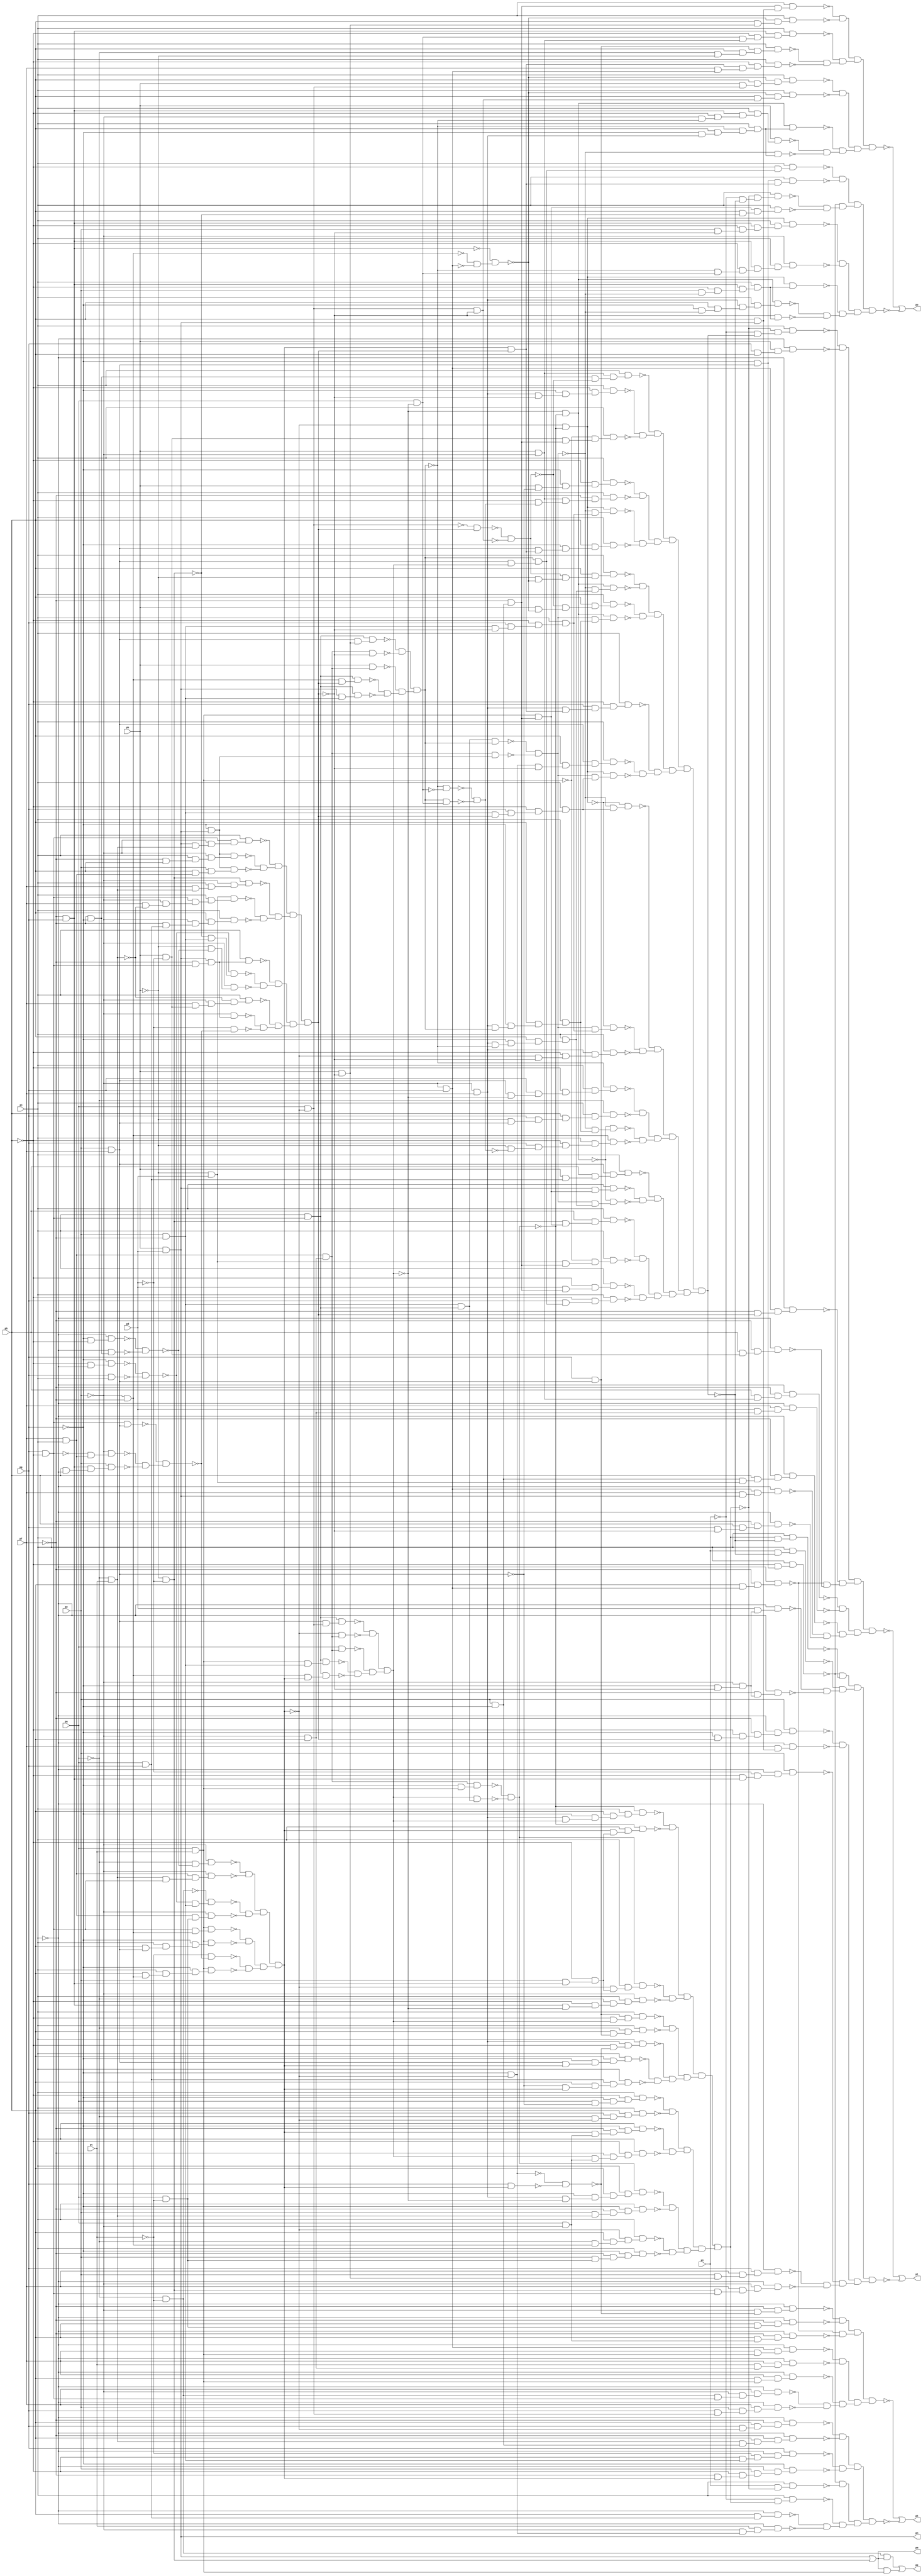
module top ( 
    pa, pb, pc, pd, pe, pf, pg, ph, pi, pj,
    pp, pk, pl, pm, pn, po  );
  input  pa, pb, pc, pd, pe, pf, pg, ph, pi, pj;
  output pp, pk, pl, pm, pn, po;
  wire new_n17_, new_n19_, new_n21_, new_n22_, new_n23_, new_n25_, new_n26_,
    new_n27_, new_n28_, new_n29_, new_n30_, new_n31_, new_n32_, new_n33_,
    new_n34_, new_n35_, new_n36_, new_n37_, new_n38_, new_n39_, new_n40_,
    new_n41_, new_n42_, new_n43_, new_n44_, new_n45_, new_n46_, new_n47_,
    new_n48_, new_n49_, new_n50_, new_n51_, new_n52_, new_n53_, new_n54_,
    new_n55_, new_n56_, new_n57_, new_n58_, new_n59_, new_n60_, new_n61_,
    new_n62_, new_n63_, new_n64_, new_n65_, new_n66_, new_n67_, new_n68_,
    new_n69_, new_n70_, new_n71_, new_n72_, new_n73_, new_n74_, new_n75_,
    new_n76_, new_n77_, new_n78_, new_n79_, new_n80_, new_n81_, new_n82_,
    new_n83_, new_n84_, new_n85_, new_n86_, new_n87_, new_n88_, new_n89_,
    new_n90_, new_n91_, new_n92_, new_n93_, new_n94_, new_n95_, new_n96_,
    new_n97_, new_n98_, new_n99_, new_n100_, new_n101_, new_n102_,
    new_n103_, new_n104_, new_n105_, new_n106_, new_n107_, new_n108_,
    new_n109_, new_n110_, new_n111_, new_n112_, new_n113_, new_n114_,
    new_n115_, new_n116_, new_n117_, new_n118_, new_n119_, new_n120_,
    new_n121_, new_n122_, new_n123_, new_n124_, new_n125_, new_n126_,
    new_n127_, new_n128_, new_n129_, new_n130_, new_n131_, new_n132_,
    new_n133_, new_n134_, new_n135_, new_n136_, new_n137_, new_n138_,
    new_n139_, new_n140_, new_n141_, new_n142_, new_n143_, new_n144_,
    new_n145_, new_n146_, new_n147_, new_n148_, new_n149_, new_n150_,
    new_n151_, new_n152_, new_n153_, new_n154_, new_n155_, new_n156_,
    new_n157_, new_n158_, new_n159_, new_n160_, new_n161_, new_n162_,
    new_n163_, new_n164_, new_n165_, new_n166_, new_n167_, new_n168_,
    new_n169_, new_n170_, new_n171_, new_n172_, new_n173_, new_n174_,
    new_n175_, new_n176_, new_n177_, new_n178_, new_n179_, new_n180_,
    new_n181_, new_n182_, new_n183_, new_n184_, new_n185_, new_n186_,
    new_n187_, new_n188_, new_n189_, new_n190_, new_n191_, new_n192_,
    new_n193_, new_n194_, new_n195_, new_n196_, new_n197_, new_n198_,
    new_n199_, new_n200_, new_n201_, new_n202_, new_n203_, new_n204_,
    new_n205_, new_n206_, new_n207_, new_n208_, new_n209_, new_n210_,
    new_n211_, new_n212_, new_n213_, new_n214_, new_n215_, new_n216_,
    new_n217_, new_n218_, new_n219_, new_n220_, new_n221_, new_n222_,
    new_n223_, new_n224_, new_n225_, new_n226_, new_n227_, new_n228_,
    new_n229_, new_n230_, new_n231_, new_n232_, new_n233_, new_n234_,
    new_n235_, new_n236_, new_n237_, new_n238_, new_n239_, new_n240_,
    new_n241_, new_n242_, new_n243_, new_n244_, new_n245_, new_n246_,
    new_n247_, new_n248_, new_n249_, new_n250_, new_n251_, new_n252_,
    new_n253_, new_n254_, new_n255_, new_n256_, new_n257_, new_n258_,
    new_n259_, new_n260_, new_n261_, new_n262_, new_n263_, new_n264_,
    new_n266_, new_n267_, new_n268_, new_n269_, new_n270_, new_n271_,
    new_n272_, new_n273_, new_n274_, new_n275_, new_n276_, new_n277_,
    new_n278_, new_n279_, new_n280_, new_n281_, new_n282_, new_n283_,
    new_n284_, new_n285_, new_n286_, new_n287_, new_n288_, new_n289_,
    new_n290_, new_n291_, new_n292_, new_n293_, new_n294_, new_n295_,
    new_n296_, new_n297_, new_n298_, new_n299_, new_n300_, new_n301_,
    new_n302_, new_n303_, new_n304_, new_n305_, new_n306_, new_n307_,
    new_n308_, new_n309_, new_n310_, new_n311_, new_n312_, new_n313_,
    new_n314_, new_n315_, new_n316_, new_n317_, new_n318_, new_n319_,
    new_n320_, new_n321_, new_n322_, new_n323_, new_n324_, new_n325_,
    new_n326_, new_n327_, new_n328_, new_n329_, new_n330_, new_n331_,
    new_n332_, new_n333_, new_n334_, new_n335_, new_n336_, new_n337_,
    new_n338_, new_n339_, new_n340_, new_n341_, new_n342_, new_n343_,
    new_n344_, new_n345_, new_n346_, new_n347_, new_n348_, new_n349_,
    new_n350_, new_n351_, new_n352_, new_n353_, new_n354_, new_n355_,
    new_n356_, new_n357_, new_n358_, new_n359_, new_n360_, new_n361_,
    new_n362_, new_n363_, new_n364_, new_n365_, new_n366_, new_n367_,
    new_n368_, new_n369_, new_n370_, new_n371_, new_n372_, new_n373_,
    new_n374_, new_n375_, new_n376_, new_n377_, new_n378_, new_n379_,
    new_n380_, new_n381_, new_n382_, new_n383_, new_n384_, new_n385_,
    new_n386_, new_n387_, new_n388_, new_n389_, new_n390_, new_n391_,
    new_n392_, new_n393_, new_n394_, new_n395_, new_n396_, new_n397_,
    new_n398_, new_n399_, new_n400_, new_n401_, new_n402_, new_n403_,
    new_n404_, new_n405_, new_n406_, new_n407_, new_n408_, new_n409_,
    new_n410_, new_n411_, new_n412_, new_n413_, new_n414_, new_n415_,
    new_n416_, new_n417_, new_n418_, new_n419_, new_n420_, new_n421_,
    new_n422_, new_n423_, new_n424_, new_n425_, new_n426_, new_n427_,
    new_n428_, new_n429_, new_n430_, new_n431_, new_n432_, new_n433_,
    new_n434_, new_n435_, new_n436_, new_n437_, new_n438_, new_n439_,
    new_n440_, new_n441_, new_n442_, new_n443_, new_n444_, new_n445_,
    new_n446_, new_n447_, new_n448_, new_n449_, new_n450_, new_n451_,
    new_n452_, new_n453_, new_n454_, new_n455_, new_n456_, new_n457_,
    new_n458_, new_n459_, new_n460_, new_n461_, new_n462_, new_n463_,
    new_n464_, new_n465_, new_n466_, new_n467_, new_n468_, new_n469_,
    new_n470_, new_n471_, new_n472_, new_n473_, new_n474_, new_n475_,
    new_n476_, new_n477_, new_n478_, new_n479_, new_n480_, new_n481_,
    new_n482_, new_n483_, new_n484_, new_n485_, new_n486_, new_n487_,
    new_n488_, new_n489_, new_n490_, new_n491_, new_n492_, new_n493_,
    new_n494_, new_n495_, new_n496_, new_n497_, new_n498_, new_n499_,
    new_n500_, new_n501_, new_n502_, new_n503_, new_n504_, new_n505_,
    new_n506_, new_n507_, new_n508_, new_n509_, new_n510_, new_n511_,
    new_n512_, new_n513_, new_n514_, new_n515_, new_n516_, new_n517_,
    new_n518_, new_n519_, new_n520_, new_n521_, new_n522_, new_n523_,
    new_n524_, new_n525_, new_n526_, new_n527_, new_n528_, new_n529_,
    new_n530_, new_n531_, new_n532_, new_n533_, new_n534_, new_n535_,
    new_n536_, new_n537_, new_n538_, new_n539_, new_n540_, new_n541_,
    new_n542_, new_n543_, new_n544_, new_n545_, new_n546_, new_n547_,
    new_n548_, new_n549_, new_n550_, new_n551_, new_n552_, new_n553_,
    new_n554_, new_n555_, new_n556_, new_n557_, new_n558_, new_n559_,
    new_n560_, new_n562_, new_n563_, new_n564_, new_n565_, new_n566_,
    new_n567_, new_n568_, new_n569_, new_n570_, new_n571_, new_n572_,
    new_n573_, new_n574_, new_n575_, new_n576_, new_n577_, new_n578_,
    new_n579_, new_n580_, new_n581_, new_n582_, new_n583_, new_n584_,
    new_n585_, new_n586_, new_n587_, new_n588_, new_n589_, new_n590_,
    new_n591_, new_n592_, new_n593_, new_n594_, new_n595_, new_n596_,
    new_n597_, new_n598_, new_n599_, new_n600_, new_n601_, new_n602_,
    new_n603_, new_n604_, new_n605_, new_n606_, new_n607_, new_n608_,
    new_n609_, new_n610_, new_n611_, new_n612_, new_n613_, new_n614_,
    new_n615_, new_n616_, new_n617_, new_n618_, new_n619_, new_n620_,
    new_n621_, new_n622_, new_n623_, new_n624_, new_n625_, new_n626_,
    new_n627_, new_n628_, new_n629_, new_n630_, new_n631_, new_n632_,
    new_n633_, new_n634_, new_n635_, new_n636_, new_n637_, new_n638_,
    new_n639_, new_n640_, new_n641_, new_n642_, new_n643_, new_n644_,
    new_n645_;
  assign new_n17_ = ~pa & ~pc;
  assign pn = pb & pd;
  assign new_n19_ = ~pb & ~pd;
  assign pm = pn | new_n19_;
  assign new_n21_ = new_n17_ & pm;
  assign new_n22_ = pa & pc;
  assign new_n23_ = pm & new_n22_;
  assign pp = new_n21_ | new_n23_;
  assign new_n25_ = pa & pg;
  assign new_n26_ = ph & new_n25_;
  assign new_n27_ = ~pj & new_n26_;
  assign new_n28_ = ~pg & ~ph;
  assign new_n29_ = ~pj & new_n28_;
  assign new_n30_ = ~pf & ~pg;
  assign new_n31_ = ~pj & new_n30_;
  assign new_n32_ = ~new_n29_ & ~new_n31_;
  assign new_n33_ = ~pa & ~new_n32_;
  assign new_n34_ = ~pe & new_n33_;
  assign new_n35_ = ~pa & pc;
  assign new_n36_ = pg & ~ph;
  assign new_n37_ = pf & pj;
  assign new_n38_ = new_n35_ & new_n36_;
  assign new_n39_ = new_n37_ & new_n38_;
  assign new_n40_ = ~pe & new_n39_;
  assign new_n41_ = ~ph & ~pj;
  assign new_n42_ = ~pg & new_n41_;
  assign new_n43_ = pg & pj;
  assign new_n44_ = ~new_n42_ & ~new_n43_;
  assign new_n45_ = pe & ~pf;
  assign new_n46_ = ~new_n44_ & new_n45_;
  assign new_n47_ = ~new_n17_ & new_n46_;
  assign new_n48_ = pa & ~pc;
  assign new_n49_ = new_n37_ & new_n48_;
  assign new_n50_ = ~pe & new_n49_;
  assign new_n51_ = ~new_n36_ & new_n37_;
  assign new_n52_ = ~pe & new_n51_;
  assign new_n53_ = ~pf & pg;
  assign new_n54_ = ph & ~pj;
  assign new_n55_ = new_n53_ & new_n54_;
  assign new_n56_ = pe & new_n55_;
  assign new_n57_ = pe & pf;
  assign new_n58_ = new_n36_ & new_n57_;
  assign new_n59_ = ~new_n52_ & ~new_n56_;
  assign new_n60_ = ~new_n58_ & new_n59_;
  assign new_n61_ = ~pc & ~new_n60_;
  assign new_n62_ = ~pe & ~pf;
  assign new_n63_ = ph & new_n62_;
  assign new_n64_ = pj & new_n63_;
  assign new_n65_ = ~pg & new_n64_;
  assign new_n66_ = new_n22_ & new_n65_;
  assign new_n67_ = new_n36_ & new_n62_;
  assign new_n68_ = new_n22_ & new_n67_;
  assign new_n69_ = ph & new_n57_;
  assign new_n70_ = pj & new_n69_;
  assign new_n71_ = ~pg & new_n70_;
  assign new_n72_ = new_n22_ & new_n71_;
  assign new_n73_ = ~new_n34_ & ~new_n40_;
  assign new_n74_ = ~new_n47_ & ~new_n50_;
  assign new_n75_ = new_n73_ & new_n74_;
  assign new_n76_ = ~new_n68_ & ~new_n72_;
  assign new_n77_ = ~new_n61_ & ~new_n66_;
  assign new_n78_ = new_n76_ & new_n77_;
  assign new_n79_ = new_n75_ & new_n78_;
  assign new_n80_ = ~pg & ~new_n79_;
  assign new_n81_ = ~pe & new_n80_;
  assign new_n82_ = pc & new_n81_;
  assign new_n83_ = ~pj & new_n82_;
  assign new_n84_ = new_n57_ & new_n79_;
  assign new_n85_ = ~pg & new_n84_;
  assign new_n86_ = ph & new_n85_;
  assign new_n87_ = pj & new_n86_;
  assign new_n88_ = ~new_n57_ & new_n79_;
  assign new_n89_ = ph & new_n88_;
  assign new_n90_ = new_n25_ & new_n89_;
  assign new_n91_ = pj & new_n90_;
  assign new_n92_ = pg & new_n79_;
  assign new_n93_ = ~new_n80_ & ~new_n92_;
  assign new_n94_ = ~pe & pf;
  assign new_n95_ = ~ph & ~new_n93_;
  assign new_n96_ = new_n94_ & new_n95_;
  assign new_n97_ = pj & new_n96_;
  assign new_n98_ = pj & new_n36_;
  assign new_n99_ = new_n22_ & new_n45_;
  assign new_n100_ = new_n98_ & new_n99_;
  assign new_n101_ = new_n62_ & new_n79_;
  assign new_n102_ = new_n98_ & new_n101_;
  assign new_n103_ = ~pe & ph;
  assign new_n104_ = new_n37_ & new_n103_;
  assign new_n105_ = pa & new_n104_;
  assign new_n106_ = pa & ~new_n79_;
  assign new_n107_ = new_n57_ & new_n106_;
  assign new_n108_ = new_n98_ & new_n107_;
  assign new_n109_ = ~new_n79_ & new_n104_;
  assign new_n110_ = ~new_n108_ & ~new_n109_;
  assign new_n111_ = ~new_n100_ & ~new_n102_;
  assign new_n112_ = ~new_n105_ & new_n111_;
  assign new_n113_ = new_n110_ & new_n112_;
  assign new_n114_ = pg & new_n57_;
  assign new_n115_ = ~ph & new_n113_;
  assign new_n116_ = new_n114_ & new_n115_;
  assign new_n117_ = pj & new_n116_;
  assign new_n118_ = ph & new_n114_;
  assign new_n119_ = ~pa & new_n118_;
  assign new_n120_ = pj & new_n119_;
  assign new_n121_ = ~pg & new_n22_;
  assign new_n122_ = new_n104_ & new_n121_;
  assign new_n123_ = new_n45_ & new_n98_;
  assign new_n124_ = new_n113_ & new_n123_;
  assign new_n125_ = ~new_n122_ & ~new_n124_;
  assign new_n126_ = pe & new_n53_;
  assign new_n127_ = ~ph & new_n126_;
  assign new_n128_ = ~new_n79_ & new_n127_;
  assign new_n129_ = pj & new_n128_;
  assign new_n130_ = new_n125_ & new_n129_;
  assign new_n131_ = new_n53_ & ~new_n113_;
  assign new_n132_ = ~ph & new_n131_;
  assign new_n133_ = ~pa & new_n132_;
  assign new_n134_ = pj & new_n133_;
  assign new_n135_ = ~pe & new_n134_;
  assign new_n136_ = new_n94_ & new_n113_;
  assign new_n137_ = ~pg & new_n136_;
  assign new_n138_ = ph & new_n137_;
  assign new_n139_ = pj & new_n138_;
  assign new_n140_ = ~new_n125_ & new_n139_;
  assign new_n141_ = new_n79_ & new_n127_;
  assign new_n142_ = pj & new_n141_;
  assign new_n143_ = ~new_n125_ & new_n142_;
  assign new_n144_ = new_n94_ & ~new_n113_;
  assign new_n145_ = ~pg & new_n144_;
  assign new_n146_ = ph & new_n145_;
  assign new_n147_ = pj & new_n146_;
  assign new_n148_ = new_n125_ & new_n147_;
  assign new_n149_ = pe & new_n35_;
  assign new_n150_ = ~pf & new_n149_;
  assign new_n151_ = ~pg & new_n150_;
  assign new_n152_ = pj & new_n151_;
  assign new_n153_ = ~pa & new_n62_;
  assign new_n154_ = ph & new_n153_;
  assign new_n155_ = ~new_n79_ & new_n154_;
  assign new_n156_ = pj & new_n155_;
  assign new_n157_ = pe & new_n48_;
  assign new_n158_ = ~pf & new_n157_;
  assign new_n159_ = ~pg & new_n158_;
  assign new_n160_ = pj & new_n159_;
  assign new_n161_ = pa & ~pe;
  assign new_n162_ = new_n79_ & new_n161_;
  assign new_n163_ = ~pf & new_n162_;
  assign new_n164_ = ~pg & new_n163_;
  assign new_n165_ = pj & new_n164_;
  assign new_n166_ = new_n113_ & new_n161_;
  assign new_n167_ = ~pf & new_n166_;
  assign new_n168_ = ~ph & new_n167_;
  assign new_n169_ = pj & new_n168_;
  assign new_n170_ = pa & ~new_n57_;
  assign new_n171_ = ~pg & new_n170_;
  assign new_n172_ = ~ph & new_n171_;
  assign new_n173_ = pj & new_n172_;
  assign new_n174_ = ~pa & ~new_n79_;
  assign new_n175_ = pg & new_n174_;
  assign new_n176_ = ph & new_n175_;
  assign new_n177_ = pj & new_n176_;
  assign new_n178_ = ~new_n140_ & ~new_n143_;
  assign new_n179_ = ~new_n130_ & ~new_n135_;
  assign new_n180_ = new_n178_ & new_n179_;
  assign new_n181_ = ~new_n117_ & ~new_n120_;
  assign new_n182_ = ~new_n87_ & ~new_n91_;
  assign new_n183_ = ~new_n97_ & new_n182_;
  assign new_n184_ = new_n181_ & new_n183_;
  assign new_n185_ = new_n180_ & new_n184_;
  assign new_n186_ = ~new_n173_ & ~new_n177_;
  assign new_n187_ = ~new_n165_ & ~new_n169_;
  assign new_n188_ = new_n186_ & new_n187_;
  assign new_n189_ = ~new_n148_ & ~new_n152_;
  assign new_n190_ = ~new_n156_ & ~new_n160_;
  assign new_n191_ = new_n189_ & new_n190_;
  assign new_n192_ = new_n188_ & new_n191_;
  assign new_n193_ = new_n185_ & new_n192_;
  assign new_n194_ = ~pi & new_n193_;
  assign new_n195_ = pj & new_n194_;
  assign new_n196_ = ~pg & new_n57_;
  assign new_n197_ = ~ph & new_n196_;
  assign new_n198_ = pj & new_n197_;
  assign new_n199_ = pi & ~new_n193_;
  assign new_n200_ = pj & new_n199_;
  assign new_n201_ = ~ph & new_n45_;
  assign new_n202_ = ~pc & new_n201_;
  assign new_n203_ = ~pj & new_n202_;
  assign new_n204_ = pg & new_n203_;
  assign new_n205_ = ~pf & new_n79_;
  assign new_n206_ = ~ph & new_n205_;
  assign new_n207_ = pe & new_n206_;
  assign new_n208_ = ~pj & new_n207_;
  assign new_n209_ = ~pg & new_n208_;
  assign new_n210_ = pg & ~new_n79_;
  assign new_n211_ = ph & new_n210_;
  assign new_n212_ = ~pf & new_n211_;
  assign new_n213_ = ~pj & new_n212_;
  assign new_n214_ = pe & ~pg;
  assign new_n215_ = new_n35_ & new_n214_;
  assign new_n216_ = ph & new_n215_;
  assign new_n217_ = ~pf & new_n216_;
  assign new_n218_ = ~pj & new_n217_;
  assign new_n219_ = new_n17_ & new_n36_;
  assign new_n220_ = ~pe & new_n219_;
  assign new_n221_ = pf & new_n220_;
  assign new_n222_ = ~pj & new_n221_;
  assign new_n223_ = pg & new_n106_;
  assign new_n224_ = pe & new_n223_;
  assign new_n225_ = pf & new_n224_;
  assign new_n226_ = ~pj & new_n225_;
  assign new_n227_ = ph & new_n22_;
  assign new_n228_ = pf & new_n227_;
  assign new_n229_ = ~pj & new_n228_;
  assign new_n230_ = ~pe & pg;
  assign new_n231_ = pf & new_n22_;
  assign new_n232_ = new_n230_ & new_n231_;
  assign new_n233_ = ~pj & new_n232_;
  assign new_n234_ = pc & new_n103_;
  assign new_n235_ = pf & new_n234_;
  assign new_n236_ = ~pj & new_n235_;
  assign new_n237_ = ph & new_n230_;
  assign new_n238_ = ~pf & new_n237_;
  assign new_n239_ = ~pj & new_n238_;
  assign new_n240_ = ph & new_n161_;
  assign new_n241_ = ~pf & new_n240_;
  assign new_n242_ = ~pj & new_n241_;
  assign new_n243_ = ~pe & ~new_n93_;
  assign new_n244_ = ~pf & new_n243_;
  assign new_n245_ = ~pj & new_n244_;
  assign new_n246_ = ph & new_n48_;
  assign new_n247_ = ~pf & new_n246_;
  assign new_n248_ = ~pj & new_n247_;
  assign new_n249_ = ~new_n245_ & ~new_n248_;
  assign new_n250_ = ~new_n239_ & ~new_n242_;
  assign new_n251_ = new_n249_ & new_n250_;
  assign new_n252_ = ~new_n233_ & ~new_n236_;
  assign new_n253_ = ~new_n222_ & ~new_n226_;
  assign new_n254_ = ~new_n229_ & new_n253_;
  assign new_n255_ = new_n252_ & new_n254_;
  assign new_n256_ = new_n251_ & new_n255_;
  assign new_n257_ = ~new_n213_ & ~new_n218_;
  assign new_n258_ = ~new_n204_ & ~new_n209_;
  assign new_n259_ = new_n257_ & new_n258_;
  assign new_n260_ = ~new_n198_ & ~new_n200_;
  assign new_n261_ = ~new_n27_ & ~new_n83_;
  assign new_n262_ = ~new_n195_ & new_n261_;
  assign new_n263_ = new_n260_ & new_n262_;
  assign new_n264_ = new_n259_ & new_n263_;
  assign pk = ~new_n256_ | ~new_n264_;
  assign new_n266_ = ~new_n19_ & new_n45_;
  assign new_n267_ = ~new_n44_ & new_n266_;
  assign new_n268_ = ~pb & ~new_n32_;
  assign new_n269_ = ~pe & new_n268_;
  assign new_n270_ = ~pf & new_n36_;
  assign new_n271_ = pn & new_n270_;
  assign new_n272_ = pj & new_n271_;
  assign new_n273_ = ~pe & new_n271_;
  assign new_n274_ = ~pd & ~new_n60_;
  assign new_n275_ = pb & ~pd;
  assign new_n276_ = pf & new_n275_;
  assign new_n277_ = ~pe & new_n276_;
  assign new_n278_ = ~new_n35_ & new_n277_;
  assign new_n279_ = pj & new_n278_;
  assign new_n280_ = ~pb & pd;
  assign new_n281_ = pf & ~new_n35_;
  assign new_n282_ = ~pe & new_n281_;
  assign new_n283_ = new_n36_ & new_n282_;
  assign new_n284_ = pj & new_n283_;
  assign new_n285_ = new_n280_ & new_n284_;
  assign new_n286_ = ~pf & new_n25_;
  assign new_n287_ = ~pe & new_n286_;
  assign new_n288_ = ph & new_n287_;
  assign new_n289_ = pj & new_n288_;
  assign new_n290_ = pf & new_n35_;
  assign new_n291_ = pj & new_n290_;
  assign new_n292_ = ~pe & new_n291_;
  assign new_n293_ = new_n19_ & new_n292_;
  assign new_n294_ = ~pg & pn;
  assign new_n295_ = ~pf & ph;
  assign new_n296_ = pj & new_n295_;
  assign new_n297_ = ~pe & new_n296_;
  assign new_n298_ = new_n294_ & new_n297_;
  assign new_n299_ = ph & new_n37_;
  assign new_n300_ = pe & new_n299_;
  assign new_n301_ = new_n294_ & new_n300_;
  assign new_n302_ = pn & new_n35_;
  assign new_n303_ = ~pe & new_n302_;
  assign new_n304_ = new_n36_ & new_n303_;
  assign new_n305_ = pj & new_n304_;
  assign new_n306_ = ~new_n298_ & ~new_n301_;
  assign new_n307_ = ~new_n305_ & new_n306_;
  assign new_n308_ = ~new_n285_ & ~new_n289_;
  assign new_n309_ = ~new_n293_ & new_n308_;
  assign new_n310_ = new_n307_ & new_n309_;
  assign new_n311_ = ~new_n267_ & ~new_n269_;
  assign new_n312_ = ~new_n272_ & new_n311_;
  assign new_n313_ = ~new_n273_ & ~new_n274_;
  assign new_n314_ = ~new_n279_ & new_n313_;
  assign new_n315_ = new_n312_ & new_n314_;
  assign new_n316_ = new_n310_ & new_n315_;
  assign new_n317_ = ~pg & ~new_n316_;
  assign new_n318_ = ~pe & new_n317_;
  assign new_n319_ = pd & new_n318_;
  assign new_n320_ = ~pj & new_n319_;
  assign new_n321_ = ~pf & new_n318_;
  assign new_n322_ = ~pj & new_n321_;
  assign new_n323_ = ~pf & new_n214_;
  assign new_n324_ = new_n22_ & new_n323_;
  assign new_n325_ = new_n19_ & new_n324_;
  assign new_n326_ = ph & new_n325_;
  assign new_n327_ = pj & new_n326_;
  assign new_n328_ = new_n280_ & new_n323_;
  assign new_n329_ = ~new_n22_ & new_n328_;
  assign new_n330_ = pj & new_n329_;
  assign new_n331_ = pd & new_n323_;
  assign new_n332_ = ~ph & new_n331_;
  assign new_n333_ = pj & new_n332_;
  assign new_n334_ = new_n62_ & new_n316_;
  assign new_n335_ = new_n98_ & new_n334_;
  assign new_n336_ = pn & new_n45_;
  assign new_n337_ = new_n98_ & new_n336_;
  assign new_n338_ = pb & new_n104_;
  assign new_n339_ = pb & ~new_n316_;
  assign new_n340_ = new_n57_ & new_n339_;
  assign new_n341_ = new_n98_ & new_n340_;
  assign new_n342_ = new_n104_ & ~new_n316_;
  assign new_n343_ = ~new_n341_ & ~new_n342_;
  assign new_n344_ = ~new_n335_ & ~new_n337_;
  assign new_n345_ = ~new_n338_ & new_n344_;
  assign new_n346_ = new_n343_ & new_n345_;
  assign new_n347_ = new_n57_ & new_n113_;
  assign new_n348_ = new_n346_ & new_n347_;
  assign new_n349_ = pg & new_n348_;
  assign new_n350_ = ~ph & new_n349_;
  assign new_n351_ = pj & new_n350_;
  assign new_n352_ = pn & new_n324_;
  assign new_n353_ = pj & new_n352_;
  assign new_n354_ = new_n123_ & new_n346_;
  assign new_n355_ = new_n104_ & new_n294_;
  assign new_n356_ = ~new_n354_ & ~new_n355_;
  assign new_n357_ = ~new_n113_ & ~new_n125_;
  assign new_n358_ = new_n94_ & ~new_n346_;
  assign new_n359_ = ~pg & new_n358_;
  assign new_n360_ = ph & new_n359_;
  assign new_n361_ = pj & new_n360_;
  assign new_n362_ = new_n356_ & new_n361_;
  assign new_n363_ = ~new_n357_ & new_n362_;
  assign new_n364_ = pb & new_n25_;
  assign new_n365_ = ph & new_n364_;
  assign new_n366_ = new_n57_ & new_n365_;
  assign new_n367_ = pj & new_n366_;
  assign new_n368_ = new_n94_ & new_n346_;
  assign new_n369_ = ~pg & new_n368_;
  assign new_n370_ = ph & new_n369_;
  assign new_n371_ = pj & new_n370_;
  assign new_n372_ = ~new_n356_ & new_n371_;
  assign new_n373_ = ~new_n357_ & new_n372_;
  assign new_n374_ = pa & ~new_n113_;
  assign new_n375_ = ~new_n346_ & ~new_n374_;
  assign new_n376_ = new_n346_ & new_n374_;
  assign new_n377_ = ~new_n375_ & ~new_n376_;
  assign new_n378_ = ~pb & ~new_n377_;
  assign new_n379_ = pg & new_n378_;
  assign new_n380_ = ~ph & new_n379_;
  assign new_n381_ = pj & new_n380_;
  assign new_n382_ = new_n62_ & new_n381_;
  assign new_n383_ = new_n57_ & ~new_n113_;
  assign new_n384_ = pg & new_n383_;
  assign new_n385_ = ~ph & new_n384_;
  assign new_n386_ = pj & new_n385_;
  assign new_n387_ = ~new_n346_ & new_n386_;
  assign new_n388_ = ~pb & new_n57_;
  assign new_n389_ = pg & new_n388_;
  assign new_n390_ = ph & new_n389_;
  assign new_n391_ = pj & new_n390_;
  assign new_n392_ = ~pa & new_n391_;
  assign new_n393_ = ~new_n79_ & ~new_n125_;
  assign new_n394_ = new_n45_ & ~new_n316_;
  assign new_n395_ = pg & new_n394_;
  assign new_n396_ = ~ph & new_n395_;
  assign new_n397_ = pj & new_n396_;
  assign new_n398_ = new_n356_ & new_n397_;
  assign new_n399_ = ~new_n393_ & new_n398_;
  assign new_n400_ = ~new_n79_ & ~new_n316_;
  assign new_n401_ = ~ph & new_n400_;
  assign new_n402_ = new_n94_ & new_n401_;
  assign new_n403_ = pj & new_n402_;
  assign new_n404_ = new_n45_ & new_n316_;
  assign new_n405_ = pg & new_n404_;
  assign new_n406_ = ~ph & new_n405_;
  assign new_n407_ = pj & new_n406_;
  assign new_n408_ = ~new_n356_ & new_n407_;
  assign new_n409_ = ~new_n393_ & new_n408_;
  assign new_n410_ = ~new_n62_ & ~new_n230_;
  assign new_n411_ = ~new_n53_ & new_n410_;
  assign new_n412_ = ~new_n106_ & new_n316_;
  assign new_n413_ = new_n106_ & ~new_n316_;
  assign new_n414_ = ~new_n412_ & ~new_n413_;
  assign new_n415_ = pb & ~new_n411_;
  assign new_n416_ = ~new_n414_ & new_n415_;
  assign new_n417_ = ph & new_n416_;
  assign new_n418_ = pj & new_n417_;
  assign new_n419_ = new_n356_ & new_n371_;
  assign new_n420_ = new_n357_ & new_n419_;
  assign new_n421_ = ~pb & ~new_n411_;
  assign new_n422_ = new_n414_ & new_n421_;
  assign new_n423_ = ph & new_n422_;
  assign new_n424_ = pj & new_n423_;
  assign new_n425_ = ~new_n356_ & new_n361_;
  assign new_n426_ = new_n357_ & new_n425_;
  assign new_n427_ = new_n80_ & ~new_n316_;
  assign new_n428_ = ph & new_n427_;
  assign new_n429_ = new_n57_ & new_n428_;
  assign new_n430_ = pj & new_n429_;
  assign new_n431_ = new_n356_ & new_n407_;
  assign new_n432_ = new_n393_ & new_n431_;
  assign new_n433_ = new_n79_ & new_n316_;
  assign new_n434_ = new_n94_ & new_n433_;
  assign new_n435_ = pg & new_n434_;
  assign new_n436_ = ~ph & new_n435_;
  assign new_n437_ = pj & new_n436_;
  assign new_n438_ = ~new_n356_ & new_n397_;
  assign new_n439_ = new_n393_ & new_n438_;
  assign new_n440_ = new_n57_ & new_n433_;
  assign new_n441_ = ~pg & new_n440_;
  assign new_n442_ = ph & new_n441_;
  assign new_n443_ = pj & new_n442_;
  assign new_n444_ = pb & ~new_n57_;
  assign new_n445_ = ~pg & new_n444_;
  assign new_n446_ = ~ph & new_n445_;
  assign new_n447_ = pj & new_n446_;
  assign new_n448_ = pb & ~pe;
  assign new_n449_ = ~ph & new_n377_;
  assign new_n450_ = new_n448_ & new_n449_;
  assign new_n451_ = ~pf & new_n450_;
  assign new_n452_ = pj & new_n451_;
  assign new_n453_ = new_n94_ & ~new_n316_;
  assign new_n454_ = ~pg & new_n453_;
  assign new_n455_ = ~ph & new_n454_;
  assign new_n456_ = pj & new_n455_;
  assign new_n457_ = new_n275_ & new_n323_;
  assign new_n458_ = ~new_n22_ & new_n457_;
  assign new_n459_ = pj & new_n458_;
  assign new_n460_ = new_n30_ & ~new_n414_;
  assign new_n461_ = new_n448_ & new_n460_;
  assign new_n462_ = pj & new_n461_;
  assign new_n463_ = ~new_n456_ & ~new_n459_;
  assign new_n464_ = ~new_n462_ & new_n463_;
  assign new_n465_ = ~new_n447_ & ~new_n452_;
  assign new_n466_ = ~new_n439_ & ~new_n443_;
  assign new_n467_ = new_n465_ & new_n466_;
  assign new_n468_ = new_n464_ & new_n467_;
  assign new_n469_ = ~new_n424_ & ~new_n426_;
  assign new_n470_ = ~new_n418_ & ~new_n420_;
  assign new_n471_ = new_n469_ & new_n470_;
  assign new_n472_ = ~new_n430_ & ~new_n432_;
  assign new_n473_ = ~new_n437_ & new_n472_;
  assign new_n474_ = new_n471_ & new_n473_;
  assign new_n475_ = new_n468_ & new_n474_;
  assign new_n476_ = ~new_n399_ & ~new_n403_;
  assign new_n477_ = ~new_n409_ & new_n476_;
  assign new_n478_ = ~new_n387_ & ~new_n392_;
  assign new_n479_ = ~new_n373_ & ~new_n382_;
  assign new_n480_ = new_n478_ & new_n479_;
  assign new_n481_ = new_n477_ & new_n480_;
  assign new_n482_ = ~new_n353_ & ~new_n363_;
  assign new_n483_ = ~new_n367_ & new_n482_;
  assign new_n484_ = ~new_n327_ & ~new_n330_;
  assign new_n485_ = ~new_n333_ & ~new_n351_;
  assign new_n486_ = new_n484_ & new_n485_;
  assign new_n487_ = new_n483_ & new_n486_;
  assign new_n488_ = new_n481_ & new_n487_;
  assign new_n489_ = new_n475_ & new_n488_;
  assign new_n490_ = pi & ~new_n489_;
  assign new_n491_ = pj & new_n490_;
  assign new_n492_ = new_n193_ & ~new_n489_;
  assign new_n493_ = pj & new_n492_;
  assign new_n494_ = pe & new_n339_;
  assign new_n495_ = pf & new_n494_;
  assign new_n496_ = pg & new_n495_;
  assign new_n497_ = ~pj & new_n496_;
  assign new_n498_ = new_n19_ & new_n36_;
  assign new_n499_ = pf & new_n498_;
  assign new_n500_ = ~pe & new_n499_;
  assign new_n501_ = ~pj & new_n500_;
  assign new_n502_ = ~ph & new_n53_;
  assign new_n503_ = ~pd & new_n502_;
  assign new_n504_ = ~pj & new_n503_;
  assign new_n505_ = pe & new_n504_;
  assign new_n506_ = ~pg & new_n316_;
  assign new_n507_ = ~ph & new_n506_;
  assign new_n508_ = ~pf & new_n507_;
  assign new_n509_ = ~pj & new_n508_;
  assign new_n510_ = pe & new_n509_;
  assign new_n511_ = ph & pn;
  assign new_n512_ = pf & new_n511_;
  assign new_n513_ = ~pj & new_n512_;
  assign new_n514_ = pf & pn;
  assign new_n515_ = new_n230_ & new_n514_;
  assign new_n516_ = ~pj & new_n515_;
  assign new_n517_ = pg & ~new_n316_;
  assign new_n518_ = ph & new_n517_;
  assign new_n519_ = ~pf & new_n518_;
  assign new_n520_ = ~pj & new_n519_;
  assign new_n521_ = new_n214_ & new_n280_;
  assign new_n522_ = ph & new_n521_;
  assign new_n523_ = ~pf & new_n522_;
  assign new_n524_ = ~pj & new_n523_;
  assign new_n525_ = ph & new_n448_;
  assign new_n526_ = ~pf & new_n525_;
  assign new_n527_ = ~pj & new_n526_;
  assign new_n528_ = pd & new_n103_;
  assign new_n529_ = pf & new_n528_;
  assign new_n530_ = ~pj & new_n529_;
  assign new_n531_ = ph & new_n275_;
  assign new_n532_ = ~pf & new_n531_;
  assign new_n533_ = ~pj & new_n532_;
  assign new_n534_ = ~pf & new_n316_;
  assign new_n535_ = new_n230_ & new_n534_;
  assign new_n536_ = ~pj & new_n535_;
  assign new_n537_ = ~pi & new_n489_;
  assign new_n538_ = ~new_n193_ & new_n537_;
  assign new_n539_ = pj & new_n538_;
  assign new_n540_ = pg & ph;
  assign new_n541_ = pb & new_n540_;
  assign new_n542_ = ~pj & new_n541_;
  assign new_n543_ = ~new_n539_ & ~new_n542_;
  assign new_n544_ = ~new_n239_ & ~new_n533_;
  assign new_n545_ = ~new_n536_ & new_n544_;
  assign new_n546_ = new_n543_ & new_n545_;
  assign new_n547_ = ~new_n527_ & ~new_n530_;
  assign new_n548_ = ~new_n516_ & ~new_n520_;
  assign new_n549_ = ~new_n524_ & new_n548_;
  assign new_n550_ = new_n547_ & new_n549_;
  assign new_n551_ = new_n546_ & new_n550_;
  assign new_n552_ = ~new_n198_ & ~new_n493_;
  assign new_n553_ = ~new_n320_ & ~new_n322_;
  assign new_n554_ = ~new_n491_ & new_n553_;
  assign new_n555_ = new_n552_ & new_n554_;
  assign new_n556_ = ~new_n510_ & ~new_n513_;
  assign new_n557_ = ~new_n497_ & ~new_n501_;
  assign new_n558_ = ~new_n505_ & new_n557_;
  assign new_n559_ = new_n556_ & new_n558_;
  assign new_n560_ = new_n555_ & new_n559_;
  assign pl = ~new_n551_ | ~new_n560_;
  assign new_n562_ = ~pi & ~new_n489_;
  assign new_n563_ = ~new_n193_ & new_n562_;
  assign new_n564_ = pj & new_n563_;
  assign new_n565_ = ph & ~new_n19_;
  assign new_n566_ = new_n324_ & new_n565_;
  assign new_n567_ = pj & new_n566_;
  assign new_n568_ = ~ph & new_n348_;
  assign new_n569_ = pj & new_n568_;
  assign new_n570_ = new_n196_ & new_n433_;
  assign new_n571_ = pj & new_n570_;
  assign new_n572_ = ~pg & ~new_n356_;
  assign new_n573_ = ph & new_n572_;
  assign new_n574_ = new_n94_ & new_n573_;
  assign new_n575_ = pj & new_n574_;
  assign new_n576_ = new_n357_ & new_n575_;
  assign new_n577_ = pe & ~new_n356_;
  assign new_n578_ = ~ph & new_n577_;
  assign new_n579_ = new_n53_ & new_n578_;
  assign new_n580_ = pj & new_n579_;
  assign new_n581_ = ~new_n316_ & new_n580_;
  assign new_n582_ = new_n393_ & new_n580_;
  assign new_n583_ = pe & ~new_n316_;
  assign new_n584_ = ~ph & new_n583_;
  assign new_n585_ = new_n53_ & new_n584_;
  assign new_n586_ = pj & new_n585_;
  assign new_n587_ = new_n393_ & new_n586_;
  assign new_n588_ = ~new_n346_ & new_n374_;
  assign new_n589_ = ~ph & new_n588_;
  assign new_n590_ = new_n53_ & new_n589_;
  assign new_n591_ = pj & new_n590_;
  assign new_n592_ = ~pe & new_n591_;
  assign new_n593_ = ~pe & ~new_n346_;
  assign new_n594_ = ~ph & new_n593_;
  assign new_n595_ = new_n53_ & new_n594_;
  assign new_n596_ = pj & new_n595_;
  assign new_n597_ = pb & new_n596_;
  assign new_n598_ = ~pg & new_n94_;
  assign new_n599_ = ph & new_n598_;
  assign new_n600_ = ~new_n346_ & new_n599_;
  assign new_n601_ = pj & new_n600_;
  assign new_n602_ = ~new_n356_ & new_n601_;
  assign new_n603_ = new_n357_ & new_n601_;
  assign new_n604_ = pb & new_n106_;
  assign new_n605_ = ph & new_n604_;
  assign new_n606_ = ~new_n411_ & new_n605_;
  assign new_n607_ = pj & new_n606_;
  assign new_n608_ = ph & new_n413_;
  assign new_n609_ = ~new_n411_ & new_n608_;
  assign new_n610_ = pj & new_n609_;
  assign new_n611_ = ~pa & ~pb;
  assign new_n612_ = ph & new_n611_;
  assign new_n613_ = new_n114_ & new_n612_;
  assign new_n614_ = pj & new_n613_;
  assign new_n615_ = pf & new_n230_;
  assign new_n616_ = new_n433_ & new_n615_;
  assign new_n617_ = ~ph & new_n616_;
  assign new_n618_ = pj & new_n617_;
  assign new_n619_ = new_n374_ & new_n448_;
  assign new_n620_ = ~ph & new_n619_;
  assign new_n621_ = new_n53_ & new_n620_;
  assign new_n622_ = pj & new_n621_;
  assign new_n623_ = new_n323_ & new_n511_;
  assign new_n624_ = pj & new_n623_;
  assign new_n625_ = ph & new_n339_;
  assign new_n626_ = ~new_n411_ & new_n625_;
  assign new_n627_ = pj & new_n626_;
  assign new_n628_ = ~new_n624_ & ~new_n627_;
  assign new_n629_ = ~new_n614_ & ~new_n618_;
  assign new_n630_ = ~new_n622_ & new_n629_;
  assign new_n631_ = new_n628_ & new_n630_;
  assign new_n632_ = ~new_n607_ & ~new_n610_;
  assign new_n633_ = ~new_n597_ & ~new_n602_;
  assign new_n634_ = ~new_n603_ & new_n633_;
  assign new_n635_ = new_n632_ & new_n634_;
  assign new_n636_ = new_n631_ & new_n635_;
  assign new_n637_ = ~new_n569_ & ~new_n571_;
  assign new_n638_ = ~new_n564_ & ~new_n567_;
  assign new_n639_ = ~new_n198_ & new_n638_;
  assign new_n640_ = new_n637_ & new_n639_;
  assign new_n641_ = ~new_n587_ & ~new_n592_;
  assign new_n642_ = ~new_n576_ & ~new_n581_;
  assign new_n643_ = ~new_n582_ & new_n642_;
  assign new_n644_ = new_n641_ & new_n643_;
  assign new_n645_ = new_n640_ & new_n644_;
  assign po = ~new_n636_ | ~new_n645_;
endmodule